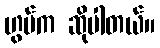
ဟွမ်က ဆိုပါတယ်။